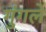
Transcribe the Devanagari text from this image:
गुंगले